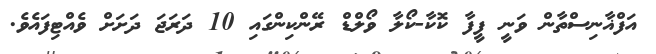
އަފްޣާނިސްތާން ވަނީ ފީފާ ކޮކާ-ކޯލާ ވޯލްޑް ރޭންކިންގައި 10 ދަރަޖަ ދަށަށް ވެއްޓިފައެވެ.